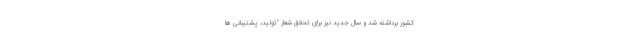
کشور برداشته شد و سال جدید نیز برای تحقق شعار "تولید، پشتیبانی ها